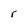
Character: r